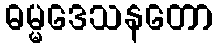
ဓမ္မဒေသနတော